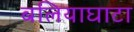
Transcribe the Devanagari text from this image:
बलियाघाटा